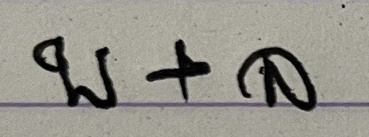
บ + ล